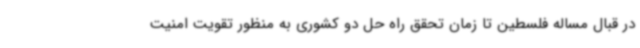
در قبال مساله فلسطین تا زمان تحقق راه حل دو کشوری به منظور تقویت امنیت